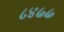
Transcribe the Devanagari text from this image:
८४७७